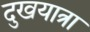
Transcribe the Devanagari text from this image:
दुखयात्रा